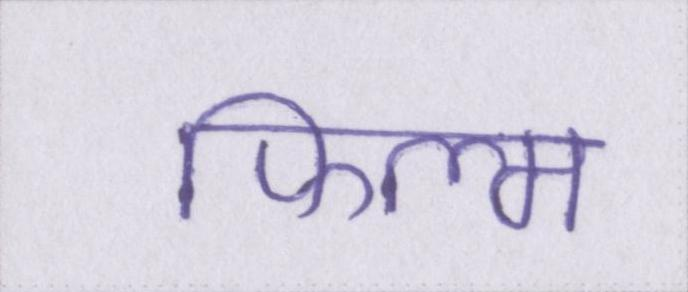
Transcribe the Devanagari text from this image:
फिल्म